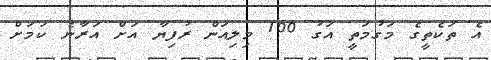
އެ ތަކެތީގެ މަގުމަތީ އަގު 100 މިލިއަން ރުފިޔާ އަށް އަރާނެ ކަމަށް